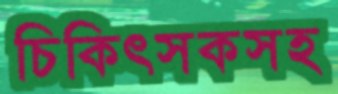
চিকিৎসকসহ